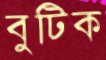
বুটিক